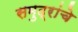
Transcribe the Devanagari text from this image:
समुद्रांचे